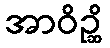
အာဝိဉ္ဆိ